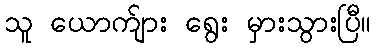
သူ ယောက်ျား ရွေး မှားသွားပြီ။